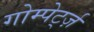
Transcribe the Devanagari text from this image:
गोम्पेर्ट्ज़